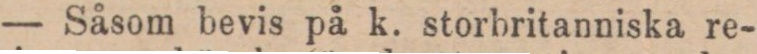
— Såsom bevis på k. storbritanniska re-